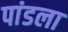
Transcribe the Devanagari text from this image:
पांडला